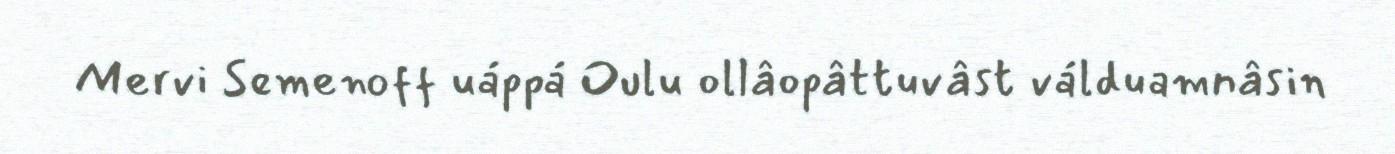
Mervi Semenoff uáppá Oulu ollâopâttuvâst válduamnâsin